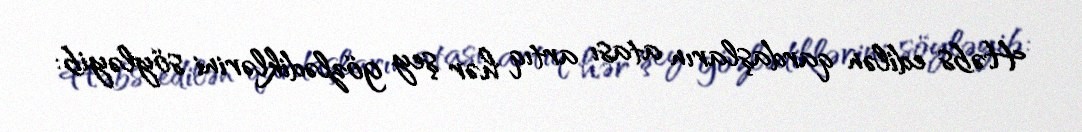
Həbs edilən qardaşların atası artıq hər şey gözlədiklərini söyləyib: